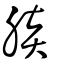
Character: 腅